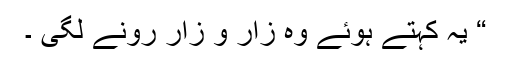
“ یہ کہتے ہوئے وہ زار و زار رونے لگی ۔